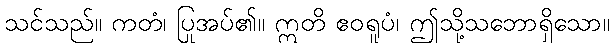
သင်သည်။ ကတံ၊ ပြုအပ်၏။ ဣတိ ဧဝရူပံ၊ ဤသို့သဘောရှိသော။